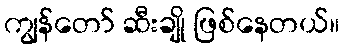
ကျွန်တော် ဆီးချို ဖြစ်နေတယ်။